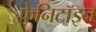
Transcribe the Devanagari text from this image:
फेनिटॉइन